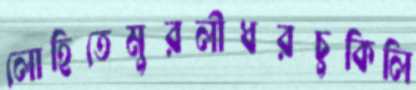
লোহিতেমুরলীধরচুকিলি